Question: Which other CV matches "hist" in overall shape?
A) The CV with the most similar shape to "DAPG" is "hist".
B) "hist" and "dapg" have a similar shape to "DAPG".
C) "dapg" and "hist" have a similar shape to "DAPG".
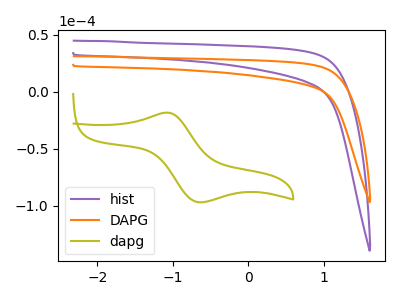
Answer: <think>The purple curve "hist" has no peaks. The orange curve "DAPG" has no peaks. The olive curve "dapg" has an anodic peak at (-1.10V, -18.30uA) and a cathodic peak at (-0.65V, -96.90uA).
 Neither "hist" or "DAPG" have any peaks. "hist" and "dapg" have a different number of peaks. "DAPG" and "dapg" have a different number of peaks.</think>
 <answer>A) The CV with the most similar shape to "DAPG" is "hist".</answer>
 <eval>A</eval>